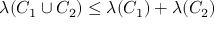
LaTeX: \lambda ( C _ { 1 } \cup C _ { 2 } ) \leq \lambda ( C _ { 1 } ) + \lambda ( C _ { 2 } )